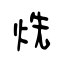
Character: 烍